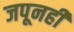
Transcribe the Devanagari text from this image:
जपूनही